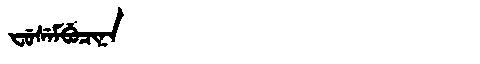
Manchu: ᠸᡠᠰᡝᠮᠪᡠᠴᡳᠨᠠ
Romanization: FUSEMBUCINA